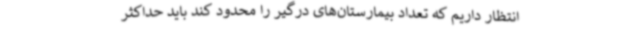
انتظار داریم که تعداد بیمارستان‌های درگیر را محدود کند باید حداکثر